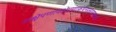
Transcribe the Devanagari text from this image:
उत्क्षेपणावक्षेपणाकुंचनप्रसारणगमनानि